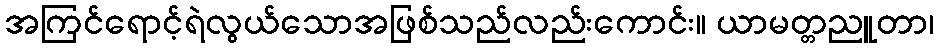
အကြင်ရောင့်ရဲလွယ်သောအဖြစ်သည်လည်းကောင်း။ ယာမတ္တညူတာ၊